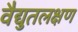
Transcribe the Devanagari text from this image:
वैद्युतलक्षण